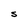
Character: S